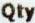
QTY